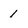
Character: 1